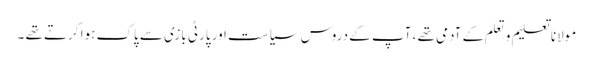
مولانا تعلیم و تعلم کے آدمی تھے ، آپ کے دروس سیاست اور پارٹی بازی سے پاک ہوا کرتے تھے ۔